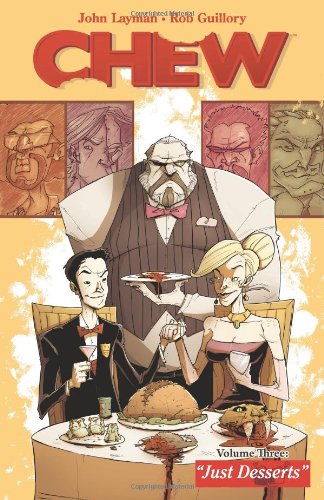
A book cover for Chew Volume 3: Just Desserts; John Layman; Comics & Graphic Novels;